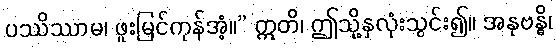
ပဿိဿာမ၊ ဖူးမြင်ကုန်အံ့။” ဣတိ၊ ဤသို့နှလုံးသွင်း၍။ အနုဗန္ဓိ၊